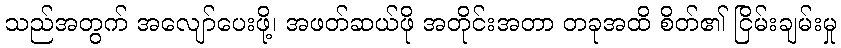
သည်အတွက် အလျော်ပေးဖို့၊ အဖတ်ဆယ်ဖို အတိုင်းအတာ တခုအထိ စိတ်၏ ငြိမ်းချမ်းမှု